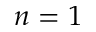
n = 1